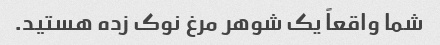
شما واقعاً یک شوهر مرغ نوک زده هستید.